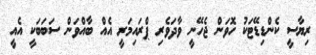
ރިޔާސީ ކެންޑިޑޭޭޓަކު ހޮވަން ޖެހޭނީ ވާދަވެރި ޕްރައިމަރީ އެއް ބާއްވަން ސަބަބަކީ އެއީ